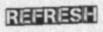
REFRESH